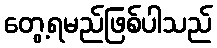
တွေ့ရမည်ဖြစ်ပါသည်